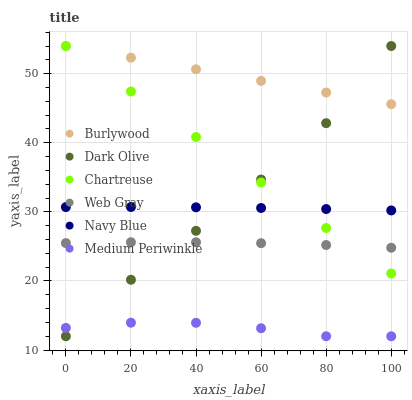
| xaxis_label | Burlywood | Dark Olive | Chartreuse | Web Gray | Navy Blue | Medium Periwinkle |
 | --- | --- | --- | --- | --- | --- | --- |
 | 0 | 54 | 12 | 54 | 25.5 | 30.7 | 13.2 |
 | 20 | 52.3 | 20.2 | 47.4 | 25.6 | 30.7 | 14 |
 | 40 | 50.6 | 27.3 | 40.8 | 25.6 | 30.7 | 13.9 |
 | 60 | 48.9 | 34.7 | 34.3 | 25.5 | 30.6 | 13.2 |
 | 80 | 47.3 | 42.8 | 27.7 | 25.2 | 30.4 | 12 |
 | 100 | 45.6 | 54 | 21.1 | 24.8 | 30.2 | 12 |